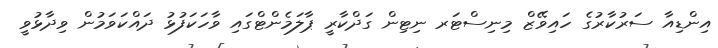
އިންޑިއާ ސަރުކާރުގެ ހައިވޭޒް މިނިސްޓަރ ނިޓިން ގަދްކާރީ ޕާލަމެންޓްގައި ވާހަކަފުޅު ދައްކަވަމުން ވިދާޅުވީ